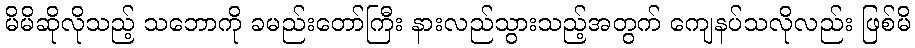
မိမိဆိုလိုသည့် သဘောကို ခမည်းတော်ကြီး နားလည်သွားသည့်အတွက် ကျေနပ်သလိုလည်း ဖြစ်မိ